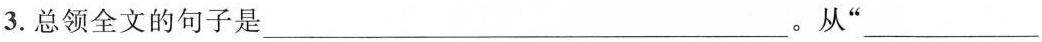
3.总领全文的句子是___。从”___””___